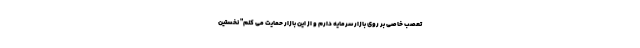
تعصب خاصی بر روی بازار سرمایه دارم و از این بازار حمایت می کنم" نخستین